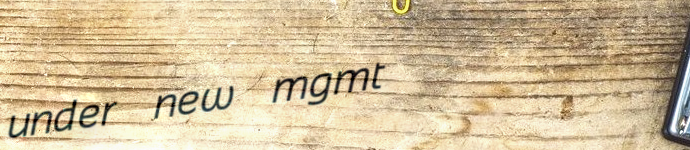
under new mgmt